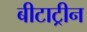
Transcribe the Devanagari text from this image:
बीटाट्रीन